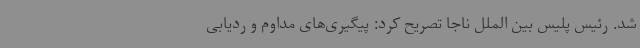
شد. رئیس پلیس بین الملل ناجا تصریح کرد: پیگیری‌های مداوم و ردیابی